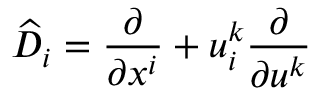
{ \widehat { D } } _ { i } = { \frac { \partial } { \partial x ^ { i } } } + u _ { i } ^ { k } { \frac { \partial } { \partial u ^ { k } } }